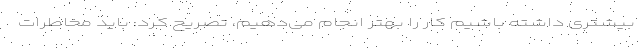
بیشتری داشته باشیم کار را بهتر انجام می‌دهیم، تصریح کرد: باید مخاطرات